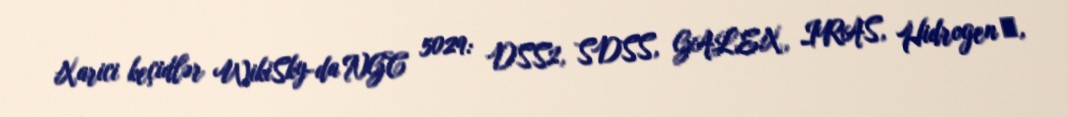
Xarici keçidlər WikiSky-da NGC 5029: DSS2, SDSS, GALEX, IRAS, Hidrogen α,